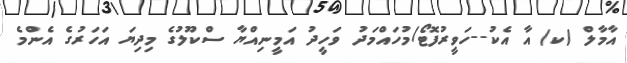
އާމާލް (ކ) އާ އެކު--ހަވީރުފޮޓޯ/މުހައްމަދު ވަހީދު އަމީނިއްޔާ ސްކޫލުގެ މިދިޔަ އަހަރުގެ އެންމެ